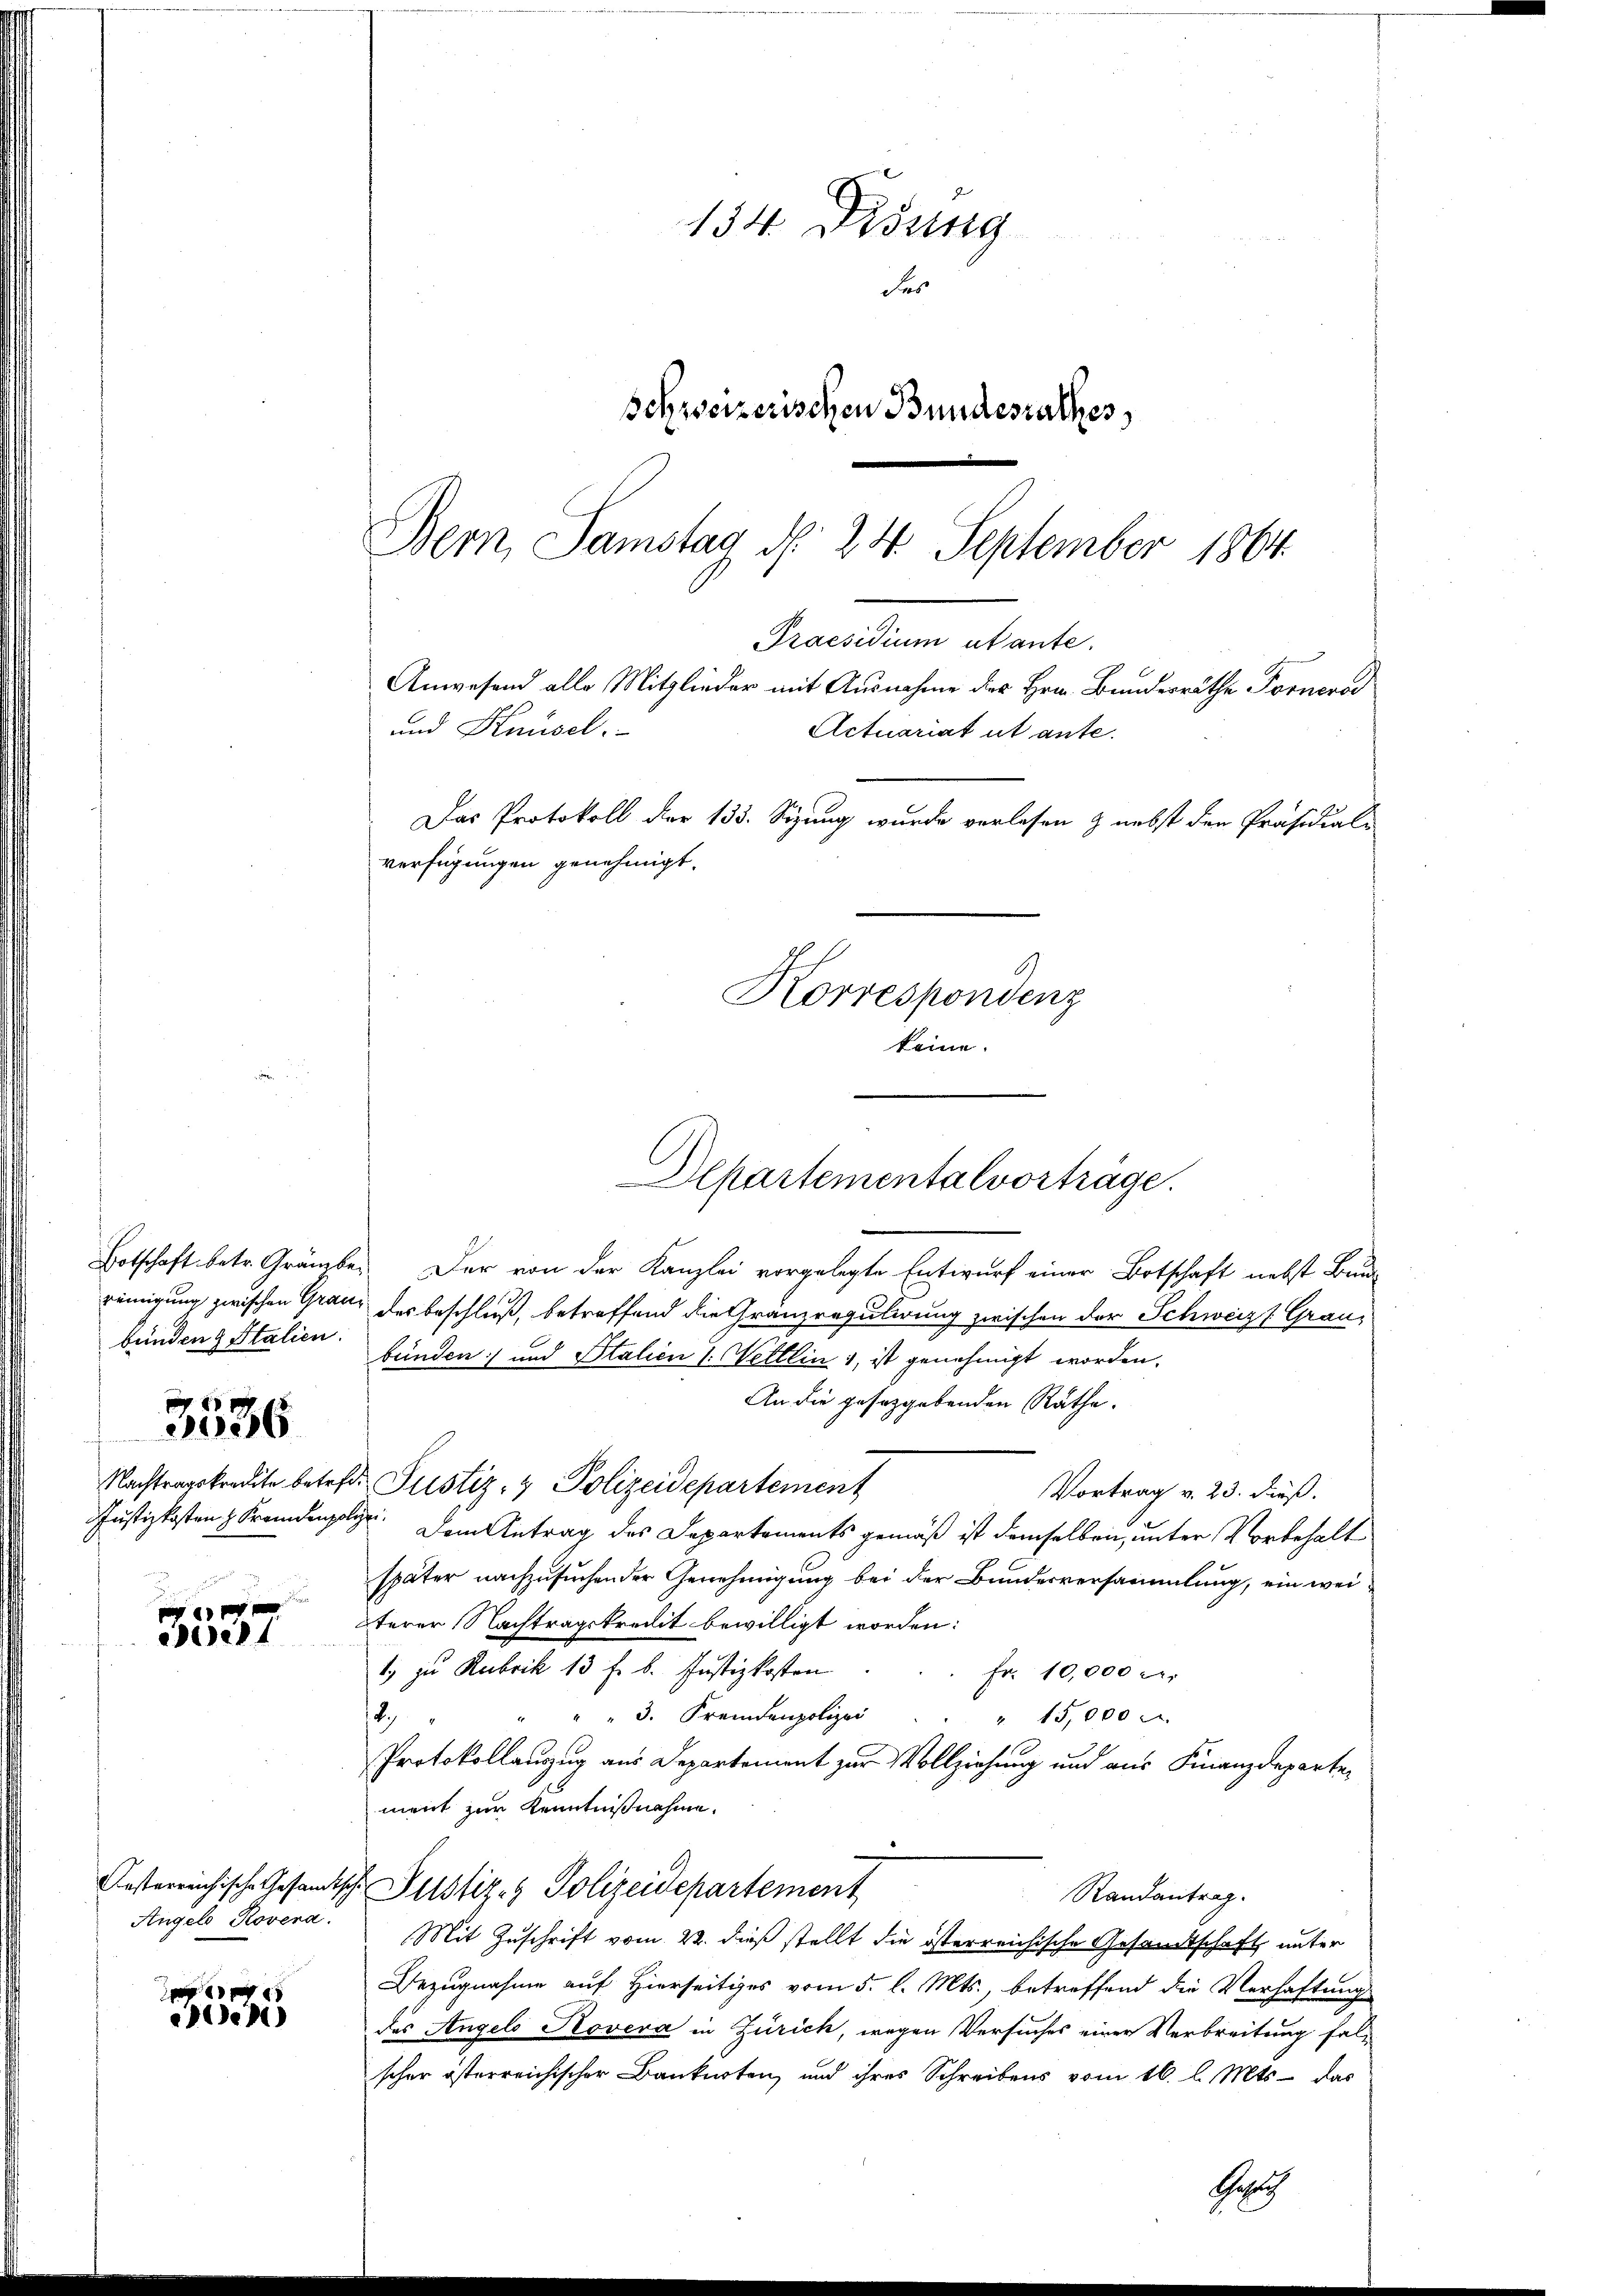
Botschaft betr. Gränzbe
reinigung zwischen Grau
bünden & Stalien.

Nachtragskredite betret
Justizkosten z. Fremdenp

3536

V
dee

Angelo Rovera.

e
en)

Bern, Samstag N. 24 September 1864.
Praesidium utante.
Anwesend alle Mitglieder mit Ausnahme des Hrn. Bundesräthe Fornere
und Knüsel.
Actuariat ut ante.
Das Protokoll der 133. Sizung wurde verlesen & nebst den Präsidials
verfügungen genehmigt.

134. Didung
das
schweizerischen Bundesrathes,

Korrespondenz
keine.

Departementalvorträge.

Der von der Kanzlei vorgelegte Entwurf einer Botschaft nebst Bund
der beschluß, betreffend die Granzregulirung zwischen der Schweiz. Grau-
bünden) und Stalien (Wettlin 1, ist genehmigt worden.
An die gesetzgebenden Räthe.
 Justiz- & Polizeidepartement
Vortrag v. 23. dieß.
ge. Dem Antrag des Departements gemäß ist demselben, unter Vorbehalt
später nachzusuchen der Genehmigung bei der Bundesversammlung, ein weiterer Nachtragskredit bewilligt worden:
1) zu Rubrik 13 f. b. Justizkosten
fr. 10,000 M.
12.
" " " 3. Fremdenpolizei
" 15,000
Protokollanzug aus Departement zur Vollziehung und aus Finanzdepartement zur Kenntnißnahme.
Oesterreichische Gesandtische Justiz- & Polizeidepartement
Randantrag.
Mit Zuschrift vom 22. dieß stellt die österreichische Gesandtschaft unter
Bezugnahme auf Hierseitiges vom 5. l. Mts., betreffend die Verhaftung
des Angels Kovera in Zürich, wegen Versuches einer Verbreitung falscher österreichischer Banknoten, und ihres Schreibens vom 16. l. Mts. das
Gesuch